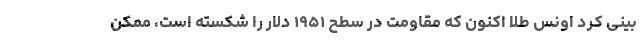
بینی کرد اونس طلا اکنون که مقاومت در سطح ۱۹۵۱ دلار را شکسته است، ممکن